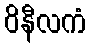
ဝိနီလကံ